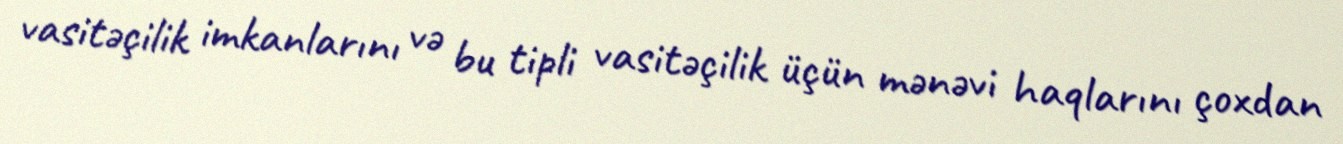
vasitəçilik imkanlarını və bu tipli vasitəçilik üçün mənəvi haqlarını çoxdan